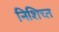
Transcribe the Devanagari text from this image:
निशिच्त